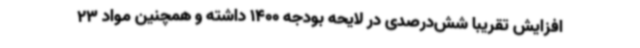
افزایش تقریباً شش‌درصدی در لایحه بودجه 1400 داشته و همچنین مواد 23